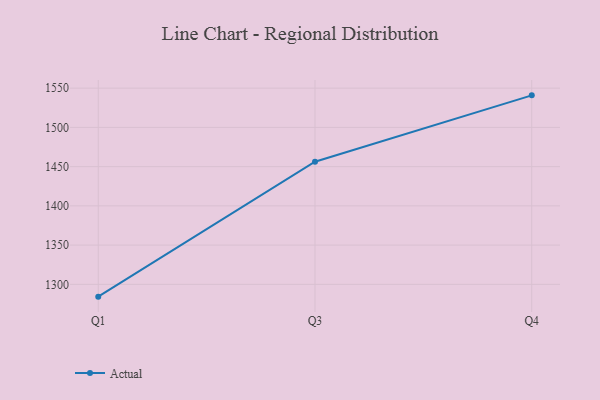
{"axis": {"x": "Quarter", "y": "Humidity (%)"}, "legend": ["Actual"], "data": [{"x": "Q1", "y": 1284.3, "type": "Actual"}, {"x": "Q3", "y": 1456.2, "type": "Actual"}, {"x": "Q4", "y": 1540.8, "type": "Actual"}]}